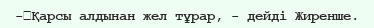
-	Қарсы алдынан жел тұрар, - дейді Жиренше.